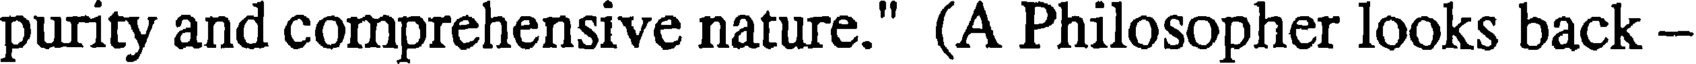
purity and comprehensive nature." (A Philosopher looks back -